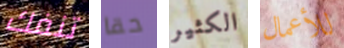
تنفك حقا الكثير للأعمال